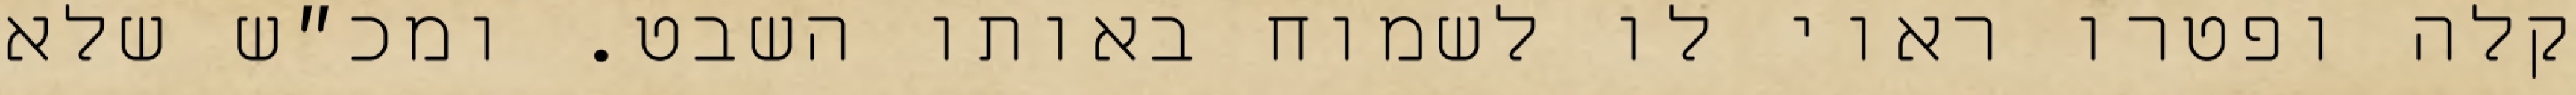
קלה ופטרו ראוי לו לשמוח באותו השבט. ומכ״ש שלא